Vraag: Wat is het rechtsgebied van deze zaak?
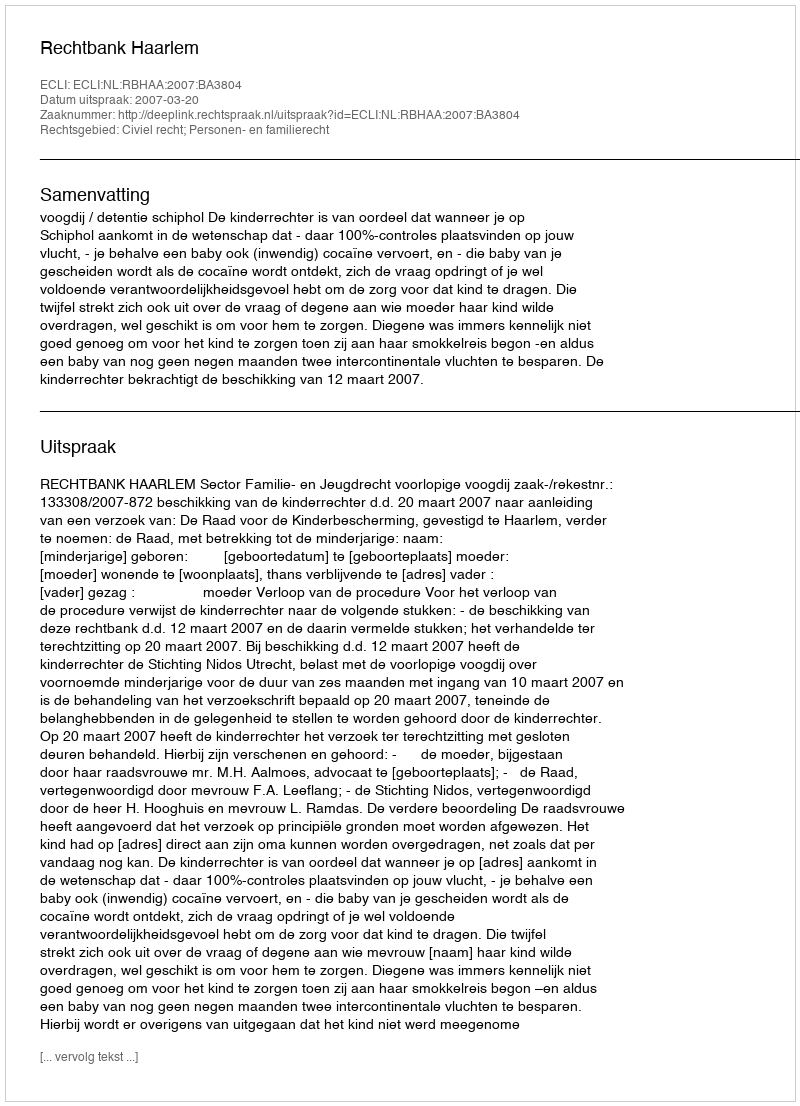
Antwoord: Civiel recht; Personen- en familierecht